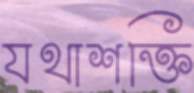
যথাশক্তি